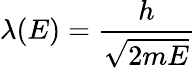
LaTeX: \lambda(E)={\frac{h}{\sqrt{2mE}}}